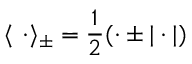
\langle \ \cdot \rangle _ { \pm } = \frac { 1 } { 2 } ( \cdot \pm | \cdot | )